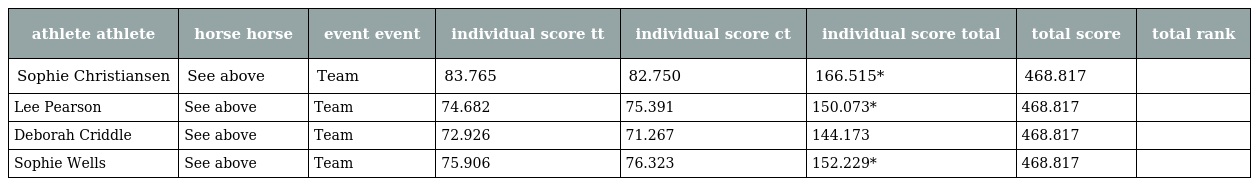
| athlete athlete | horse horse | event event | individual score tt | individual score ct | individual score total | total score | total rank |
 | --- | --- | --- | --- | --- | --- | --- | --- |
 | Sophie Christiansen | See above | Team | 83.765 | 82.750 | 166.515* | 468.817 |  |
 | Lee Pearson | See above | Team | 74.682 | 75.391 | 150.073* | 468.817 |  |
 | Deborah Criddle | See above | Team | 72.926 | 71.267 | 144.173 | 468.817 |  |
 | Sophie Wells | See above | Team | 75.906 | 76.323 | 152.229* | 468.817 |  |